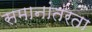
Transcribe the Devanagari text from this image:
समानांतरता